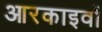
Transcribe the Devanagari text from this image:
आरकाइवों